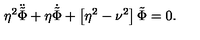
\eta ^ { 2 } \ddot { \tilde { \Phi } } + \eta \dot { \tilde { \Phi } } + \left[ \eta ^ { 2 } - \nu ^ { 2 } \right] \tilde { \Phi } = 0 .